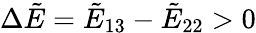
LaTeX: \Delta\tilde{E}=\tilde{E}_{13}-\tilde{E}_{22}>0